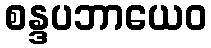
စန္ဒပဘာယေဝ